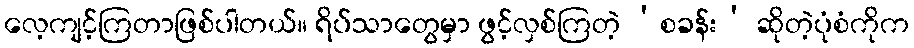
လေ့ကျင့်ကြတာဖြစ်ပါတယ်။ ရိပ်သာတွေမှာ ဖွင့်လှစ်ကြတဲ့ ‘စခန်း’ ဆိုတဲ့ပုံစံကိုက